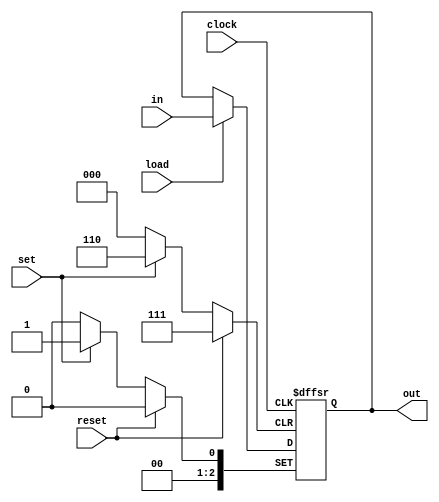
module register3_bit (
	input reset, set, load, clock, // Reset, set, load and clock inputs
	input [2:0] in, // 3-bit input
	output reg [2:0] out // 3-bit register outputs
);

// The ouput is set to the value of the input at the rising edge of the clock signal
// Posedge represents a positive egde on the clock signal. Without it behavior of the code will not be synchronized.
	always @(posedge clock, posedge reset, posedge set) begin// The always block inside the module is triggered on the rising edge of the clock.
		// When the reset input signal is asserted (signal goes high), the code within the if statement will be executed.
		if (reset) begin // Asynchronously reset the register to 0
			out <= 3'b000;
		end 
		
		else if (set) begin // Asynchronously set the register to 1
			out <= 3'b001;
		end 
		
		else if (load) begin // Synchronously load the input data on the rising clock edge
			out <= in;
		end
		
	end

endmodule